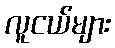
လူငယ်များ